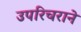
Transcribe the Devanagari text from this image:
उपरिचराने